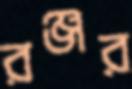
রঞ্জর